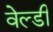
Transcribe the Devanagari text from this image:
वेल्डी